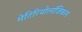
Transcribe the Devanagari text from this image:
मेटिरियोलॉजिकल